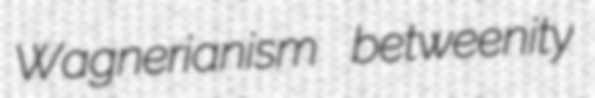
Wagnerianism betweenity